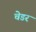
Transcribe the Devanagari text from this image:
चेडर